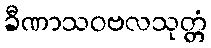
ခီဏာသဝဗလသုတ္တံ